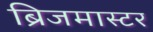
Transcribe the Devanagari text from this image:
ब्रिजमास्टर